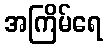
အကြိမ်ရေ